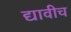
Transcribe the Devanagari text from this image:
द्यावीच